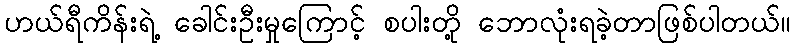
ဟယ်ရီကိန်းရဲ့ ခေါင်းဦးမှုကြောင့် စပါးတို့ ဘောလုံးရခဲ့တာဖြစ်ပါတယ်။